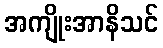
အကျိုးအာနိသင်